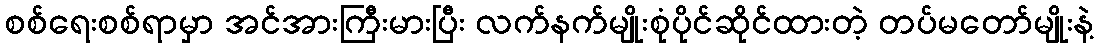
စစ်ရေးစစ်ရာမှာ အင်အားကြီးမားပြီး လက်နက်မျိုးစုံပိုင်ဆိုင်ထားတဲ့ တပ်မတော်မျိုးနဲ့